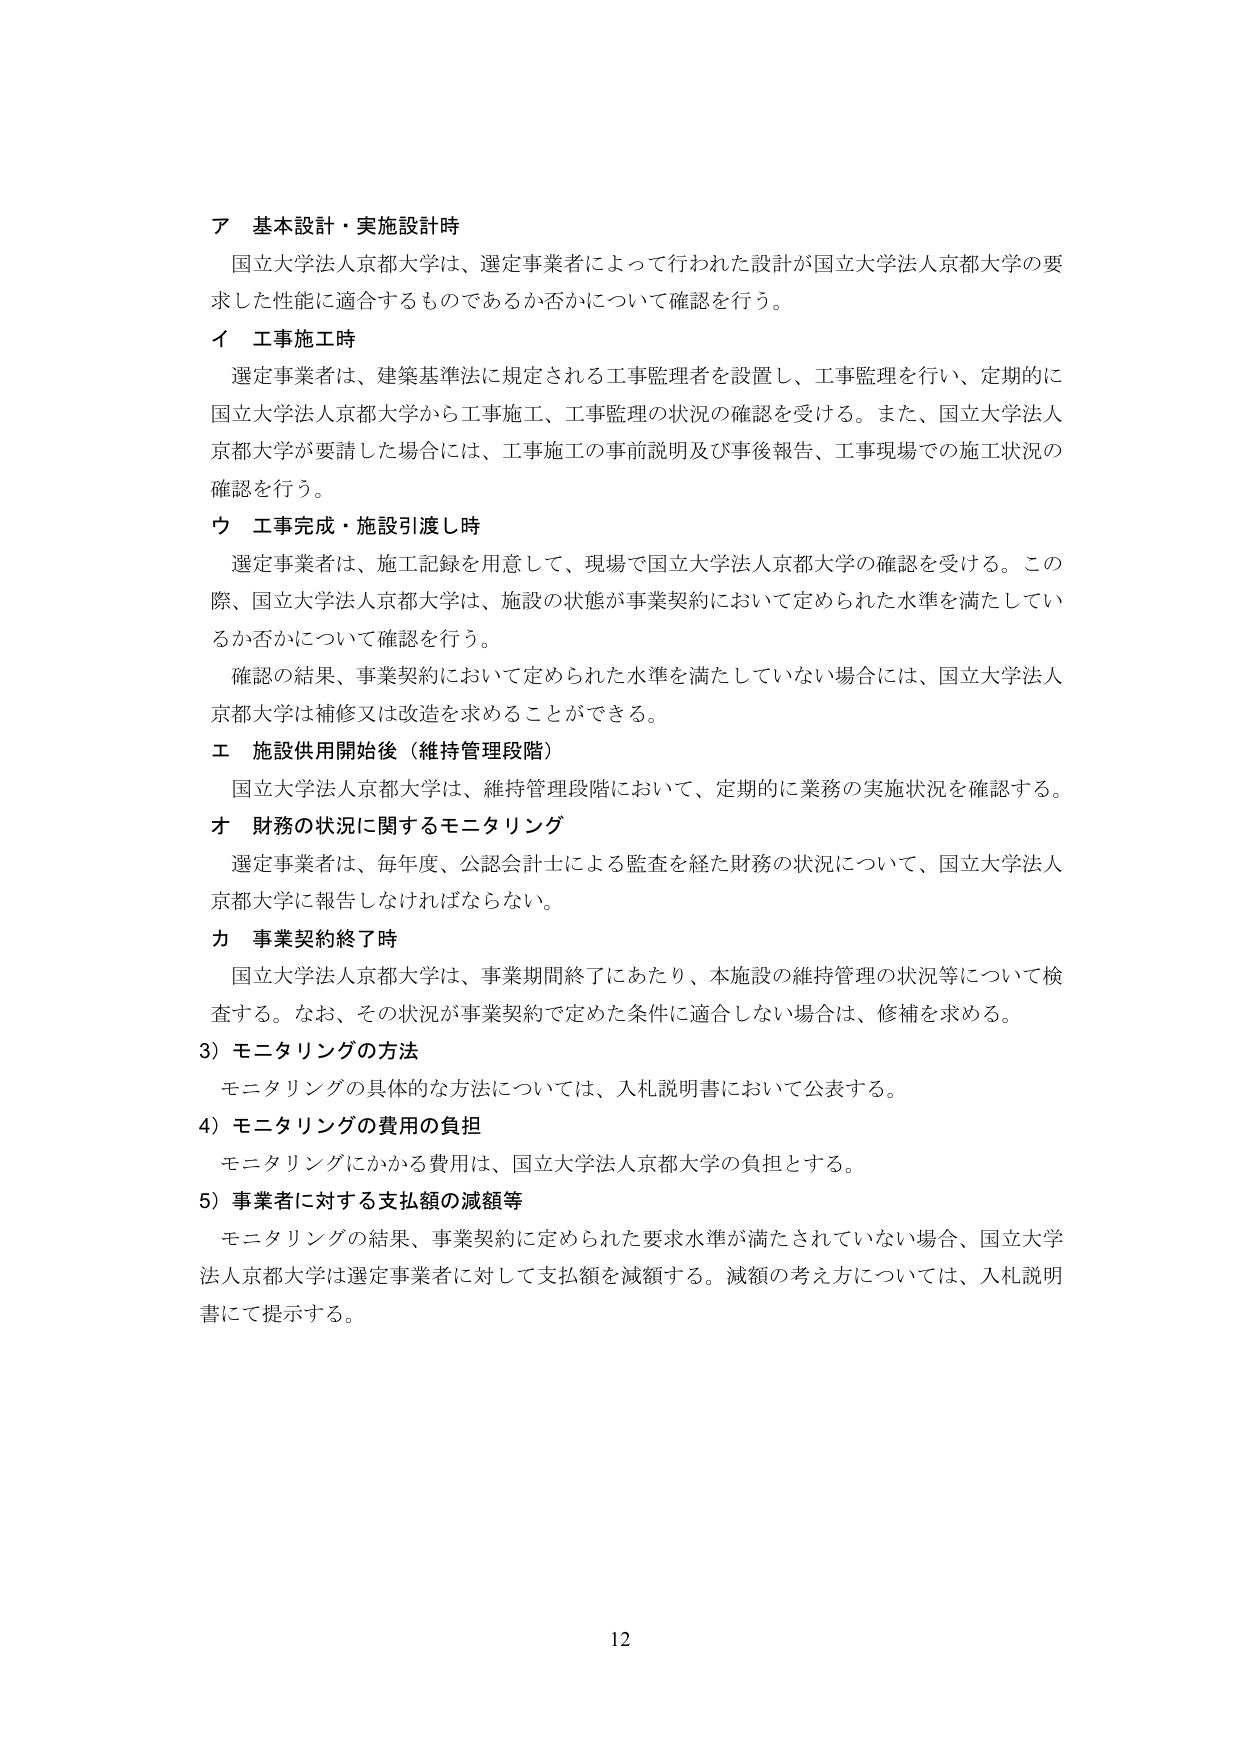
ア 基本設計・実施設計時
国立大学法人京都大学は、選定事業者によって行われた設計が国立大学法人京都大学の要求した性能に適合するものであるか否かについて確認を行う。

イ 工事施工時
選定事業者は、建築基準法に規定される工事監理者を設置し、工事監理を行い、定期的に国立大学法人京都大学から工事施工、工事監理の状況の確認を受ける。また、国立大学法人京都大学が要請した場合には、工事施工の事前説明及び事後報告、工事現場での施工状況の確認を行う。

ウ 工事完成・施設引渡し時
選定事業者は、施工記録を用意して、現場で国立大学法人京都大学の確認を受ける。この際、国立大学法人京都大学は、施設の状態が事業契約において定められた水準を満たしているか否かについて確認を行う。
確認の結果、事業契約において定められた水準を満たしていない場合には、国立大学法人京都大学は補修又は改造を求めることができる。

エ 施設供用開始後（維持管理段階）
国立大学法人京都大学は、維持管理段階において、定期的に業務の実施状況を確認する。

オ 財務の状況に関するモニタリング
選定事業者は、毎年度、公認会計士による監査を経た財務の状況について、国立大学法人京都大学に報告しなければならない。

カ 事業契約終了時
国立大学法人京都大学は、事業期間終了にあたり、本施設の維持管理の状況等について検査する。なお、その状況が事業契約で定めた条件に適合しない場合は、修補を求める。

3）モニタリングの方法
モニタリングの具体的な方法については、入札説明書において公表する。

4）モニタリングの費用の負担
モニタリングにかかる費用は、国立大学法人京都大学の負担とする。

5）事業者に対する支払額の減額等
モニタリングの結果、事業契約に定められた要求水準が満たされていない場合、国立大学法人京都大学は選定事業者に対して支払額を減額する。減額の考え方については、入札説明書にて提示する。

12